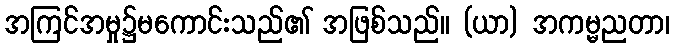
အကြင်အမှု၌မကောင်းသည်၏ အဖြစ်သည်။ (ယာ) အကမ္မညတာ၊